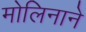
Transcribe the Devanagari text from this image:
मोलिनाने